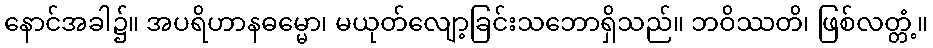
နောင်အခါ၌။ အပရိဟာနဓမ္မော၊ မယုတ်လျော့ခြင်းသဘောရှိသည်။ ဘဝိဿတိ၊ ဖြစ်လတ္တံ့။